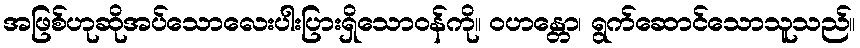
အဖြစ်ဟုဆိုအပ်သောလေးပါးပြားရှိသောဝန်ကို။ ဝဟန္တော၊ ရွက်ဆောင်သောသူသည်။